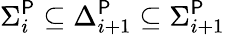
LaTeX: \Sigma_{i}^{\mathsf{P}}\subseteq\Delta_{i+1}^{\mathsf{P}}\subseteq\Sigma_{i+1}^{\mathsf{P}}